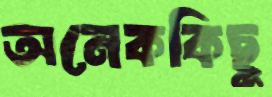
অনেককিছু